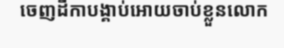
ចេញដីកាបង្គាប់អោយចាប់ខ្លួនលោក